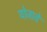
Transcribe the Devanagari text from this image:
योजावे